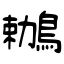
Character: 鶒